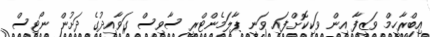
އިބްރާހީމް ވަޒީފާ އިން ވަކިކޮށްފައި ވަނީ ޕާލަމެންޓްރީ ސާވިސް ގަވާއިދުގެ ދަށުން ނޯޓިސް